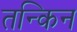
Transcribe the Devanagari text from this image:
तन्किन